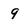
Character: 9